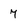
Character: 7